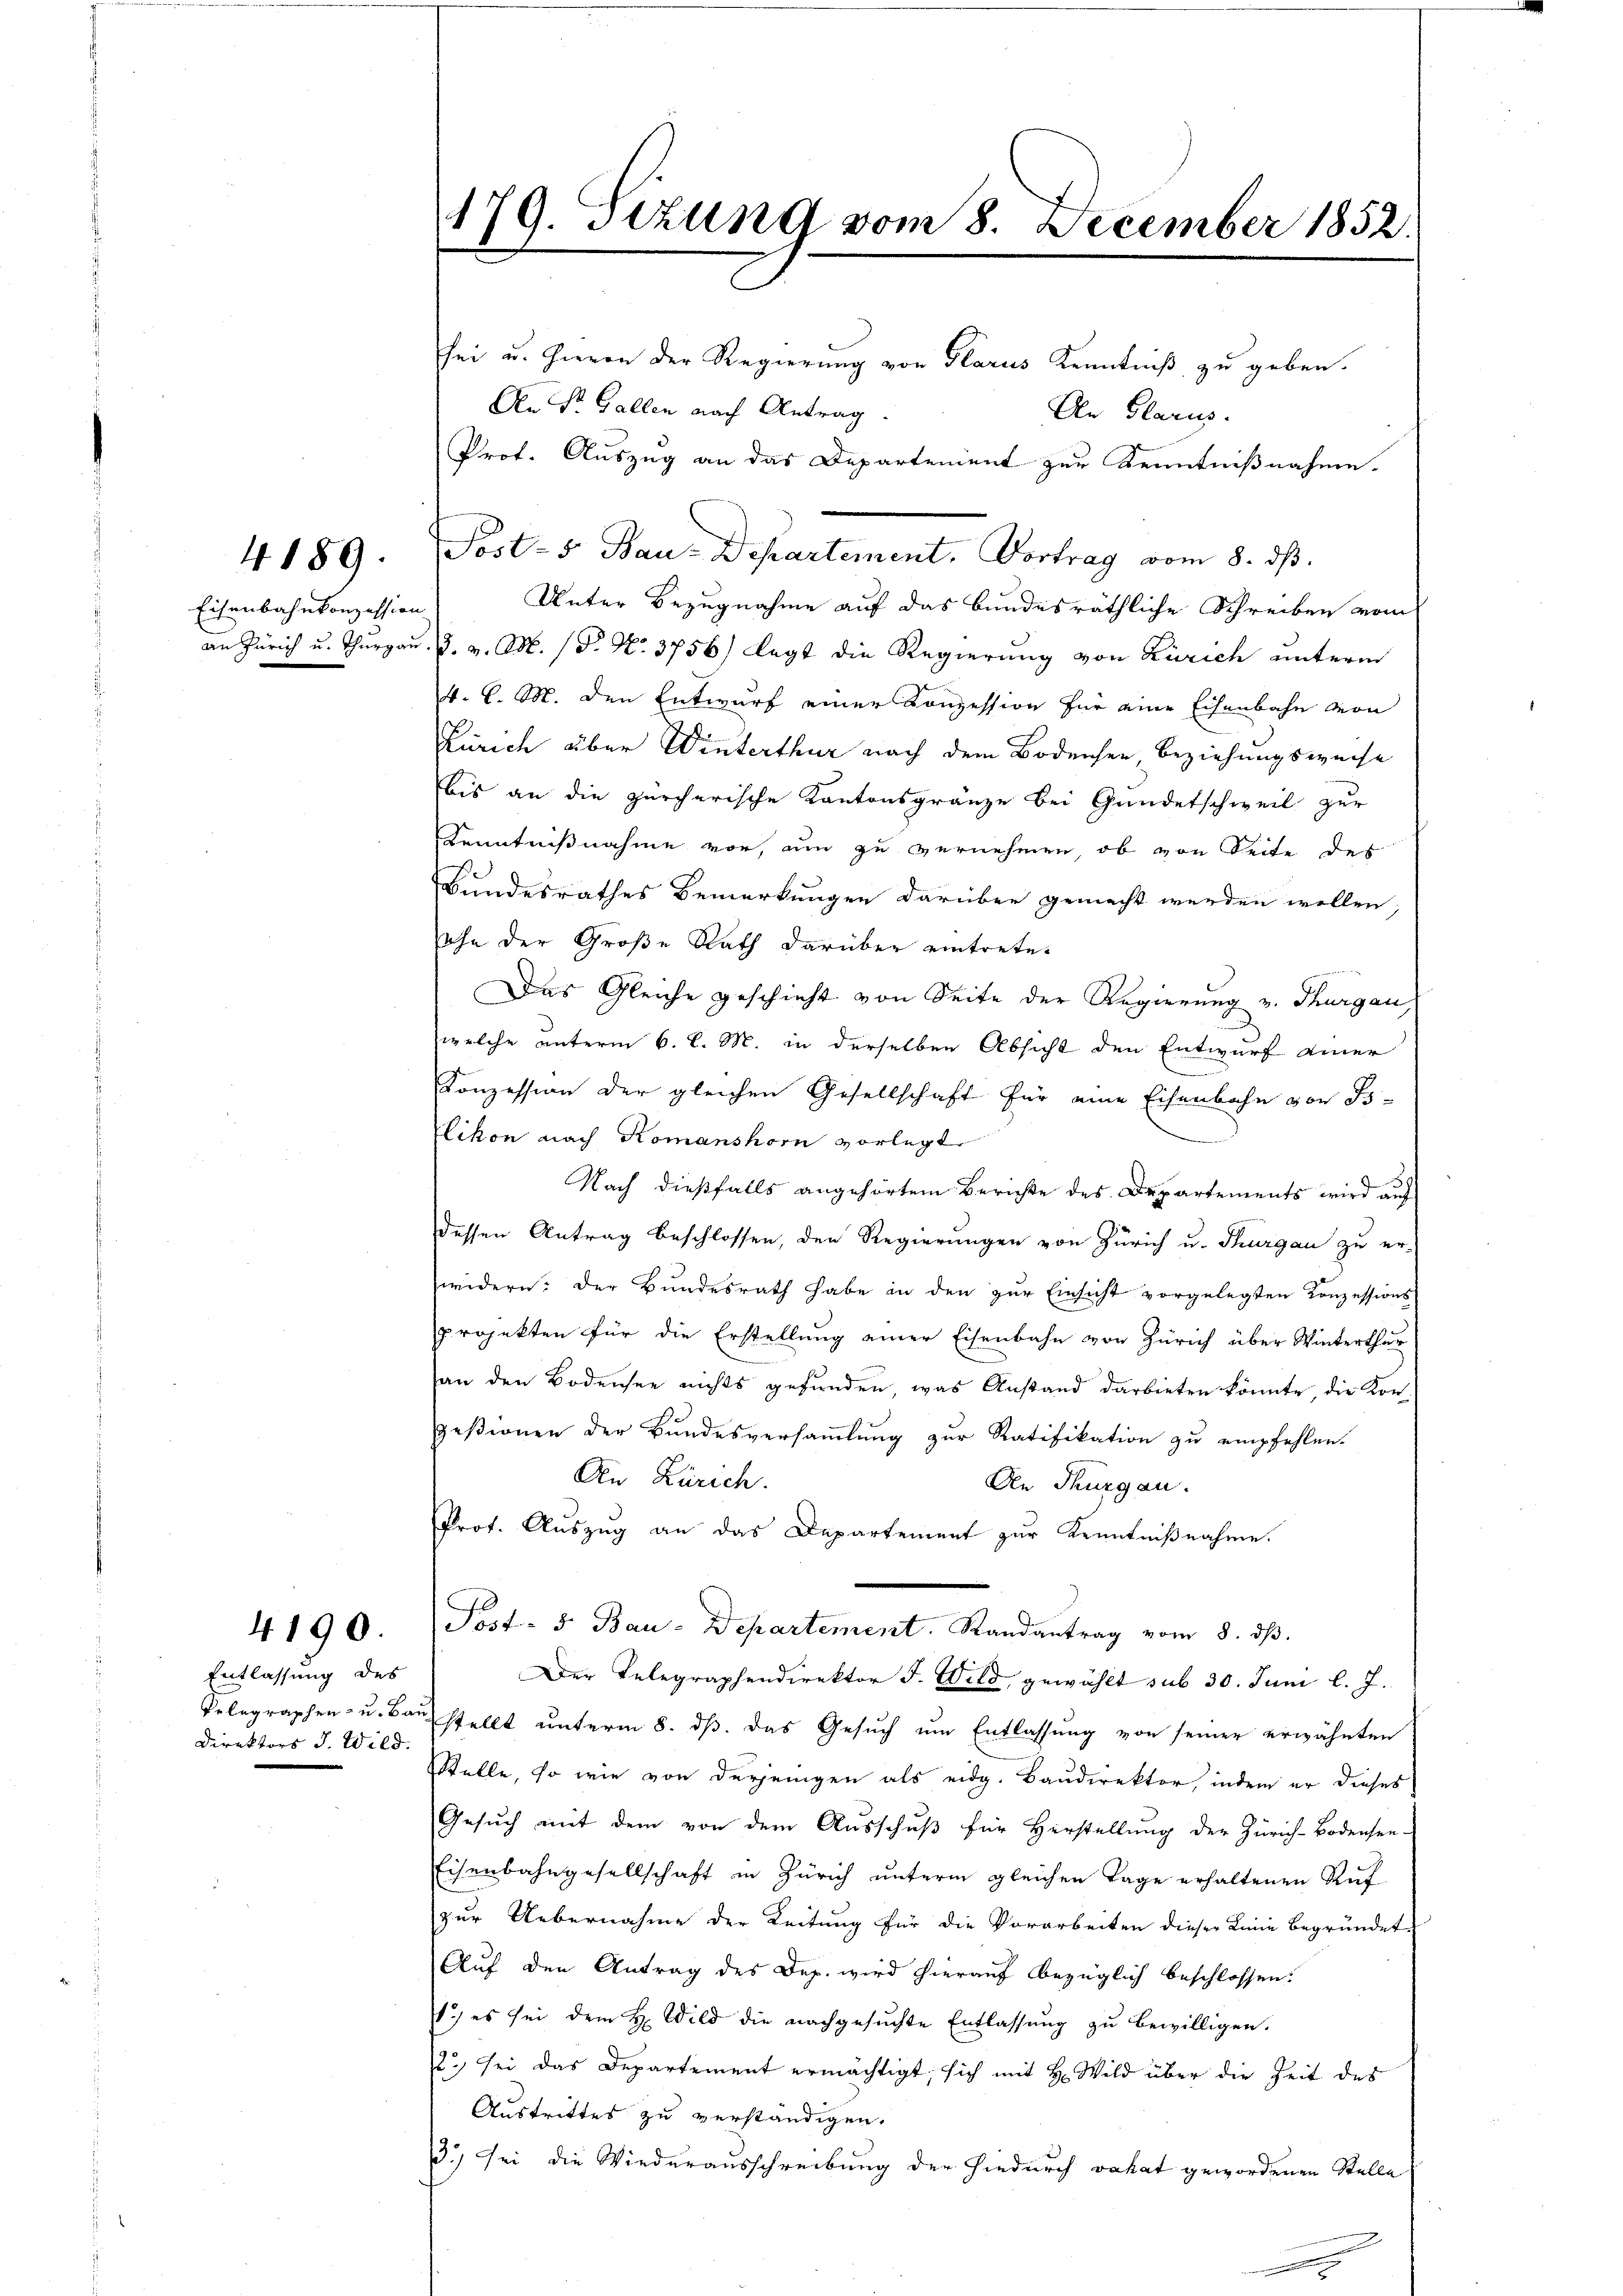
4189.

Eisenbahnkonzession

4190.

Entlassung des
Direktors J. Wild.

sei u. Hievon der Regierung von Glarus Kenntniß zu geben.
An Sr. Gallen nach Antrag
An Glarus.
Prof. Auszug an das Departement zur Kenntnißnahme.
Post-5 Bau-Departement. Vortrag vom 8. ds.
Unter Bezugnahme auf das bundesräthliche Schreiben vom
an Zürich u. Thurgau. 9. v. M. (T. No. 3756) legt die Regierung von Zürich unterm
4. C. M. den Entwurf einer Konzession für eine Eisenbahn von
Zürich über Winterthur nach dem Bodensee, Beziehungsweise
bis an die zürcherische Kantonsgränze bei Gundetschweil zur
Kenntnißnahme vor, um zu vernehmen, ob von Seite des
Bundesrathes Bemerkungen darüber gemacht werden wollen,
sohn der Große Rath darüber eintrete¬

Das Gleiche geschieht von Seite der Regierung v. Thurgau,
welche unterm 6. d. M. in derselben Absicht den Entwurf einer
Konzession der gleichen Gesellschaft für eine Eisenbahn von Bo-
Elikon nach Komanshorn vorlegt
Nach dießfalls angehörtem Berichte des Departements wird auf
dessen Antrag beschlossen, den Regierungen von Zürich u. Thurgau zu er-
widern: Der Bundesrath habe in den zŭr Einsicht vorgelegten Konzessions
projekten für die Erstellung einer Eisenbahn von Zürich über Winterthur
an den Bodensee nichts gefunden, was Anstand darbieten könnte, die Kongestionen der Bundesversammlung zur Ratifikation zu empfehlen.
An Zürich.
An Thurgau.
Prof. Auszug an das Departement zur Kenntnißnahme.
Post- 5. Bau-Departement. Randantrag vom 8. dβ.
Der Telegraphendirektor J. Wild, gewählt sub 30. Juni l. J.
Telegraphen- u. Baŭ stellt ŭnterm 8. dβ. das Gesŭch ŭm Entlassŭng von seiner erwähnten
Stelle, so wie von derjenigen als eidg. Baudirektor, indem er dieses
Gesuch mit dem von dem Ausschuß für Herstellung der Zürich-Bodensee-
Eisenbahngesellschaft in Zürich unterm gleichen Tage erhaltenen Ruf
zur Uebernahme der Leitung für die Vorarbeiten dieser Linie begründet
Auf den Antrag des Dep. wird hierauf bezüglich beschlossen.
1.) es sei dem H. Wild die nachgesuchte Entlassung zu bewilligen.
2) sei das Departement ermächtigt, sich mit H. Wild über die Zeit des
Austrittes zu verständigen.
.) sei die Wiederausschreibung der hiedurch vakat gewordenen Stelle

179. Setzung vom 8. December 1852.